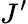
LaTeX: J^{\prime}